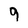
Character: 9